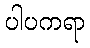
ပါပကရာ